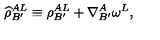
{ \widehat \rho } _ { B ^ { \prime } } ^ { A L } \equiv \rho _ { B ^ { \prime } } ^ { A L } + \nabla _ { B ^ { \prime } } ^ { A } \omega ^ { L } ,